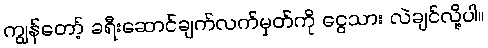
ကျွန်တော့် ခရီးဆောင်ချက်လက်မှတ်ကို ငွေသား လဲချင်လို့ပါ။